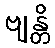
ဗျန္တိ